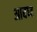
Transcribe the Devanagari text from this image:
आबध्द